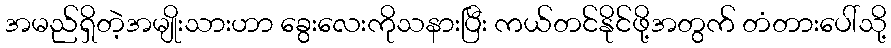
အမည်ရှိတဲ့အမျိုးသားဟာ ခွေးလေးကိုသနားပြီး ကယ်တင်နိုင်ဖို့အတွက် တံတားပေါ်သို့